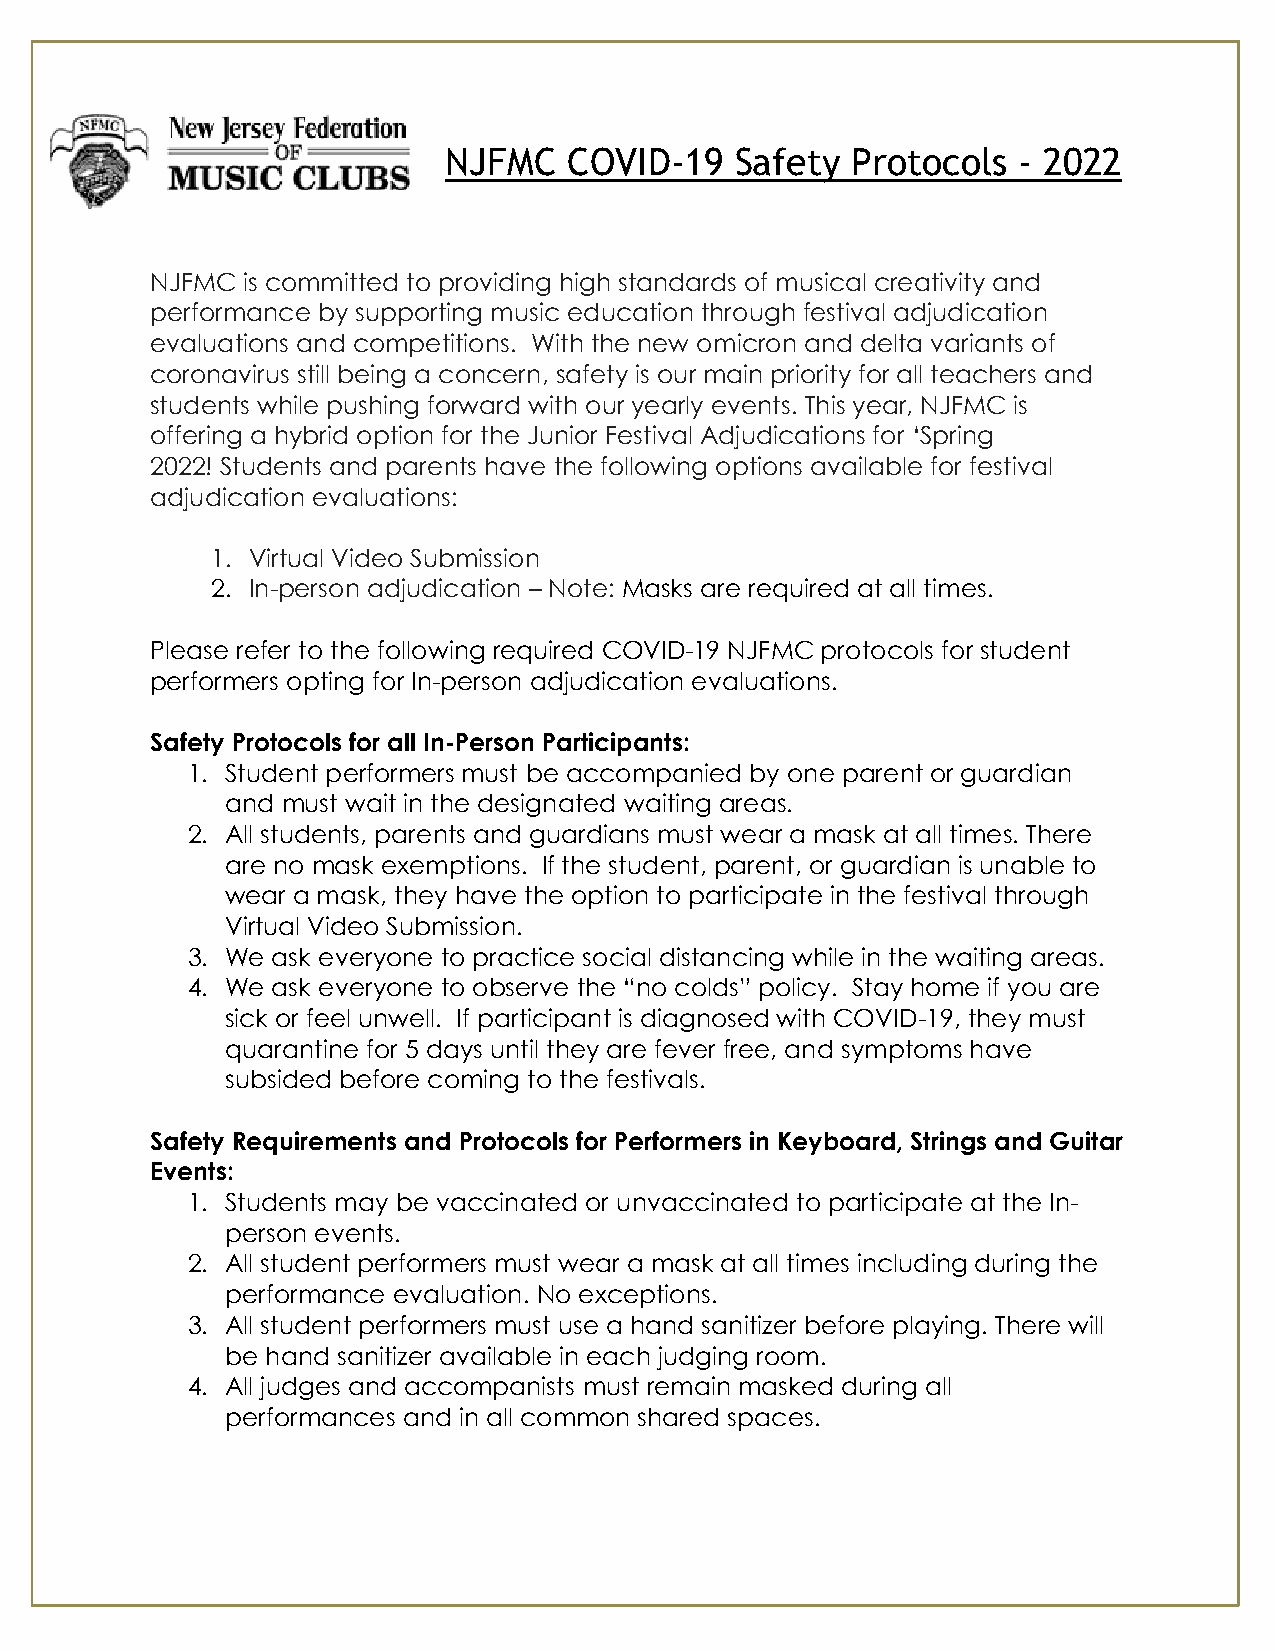
NJFMC    COVID-19   Safety Protocols  - 2022
 NJFMC is committed to providing high standards of musical creativity and
 performance by supporting music education through festival adjudication
 evaluations and competitions. With the new omicron and delta variants of
 coronavirus still being a concern, safety is our main priority for all teachers and
 students while pushing forward with our yearly events. This year, NJFMC is
 offering a hybrid option for the Junior Festival Adjudications for ‘Spring
 2022! Students and parents have the following options available for festival
 adjudication evaluations:
 1. Virtual Video Submission
 2. In-person adjudication – Note: Masks are required at all times.
 Please refer to the following required COVID-19 NJFMC protocols for student
 performers opting for In-person adjudication evaluations.
 Safety Protocols for all In-Person Participants:
 1. Student performers must be accompanied by one parent or guardian
 and must wait in the designated waiting areas.
 2. All students, parents and guardians must wear a mask at all times. There
 are no mask exemptions. If the student, parent, or guardian is unable to
 wear a mask, they have the option to participate in the festival through
 Virtual Video Submission.
 3. We ask everyone to practice social distancing while in the waiting areas.
 4. We ask everyone to observe the “no colds” policy. Stay home if you are
 sick or feel unwell. If participant is diagnosed with COVID-19, they must
 quarantine for 5 days until they are fever free, and symptoms have
 subsided before coming to the festivals.
 Safety Requirements and Protocols for Performers in Keyboard, Strings and Guitar
 Events:
 1. Students may be vaccinated or unvaccinated to participate at the In-
 person events.
 2. All student performers must wear a mask at all times including during the
 performance evaluation. No exceptions.
 3. All student performers must use a hand sanitizer before playing. There will
 be hand sanitizer available in each judging room.
 4. All judges and accompanists must remain masked during all
 performances and in all common shared spaces.